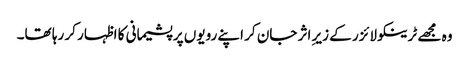
وہ مجھے ٹرینکو لائزر کے زیرِ اثر جان کر اپنے رویوں پر پشیمانی کا اظہار کر رہا تھا۔